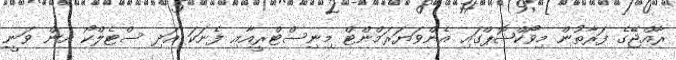
ރާއްޖޭގެ ފަރާތުން މިވޯކްޝޮޕްގައި އެންވަޔަރަމްންޓް މިނިސްޓްރީއާއި ފެނަކަ އަދި ސްޓެލްކޯ އިން ވަނީ